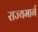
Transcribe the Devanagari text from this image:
राज्‍यमार्ग